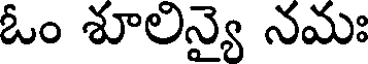
ఓం శూలన్యై నమః